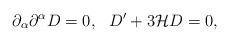
LaTeX: \begin{align*}\partial_{\alpha}\partial^{\alpha} D =0, \,\,\,\, D' + 3 {\cal H} D=0,\end{align*}